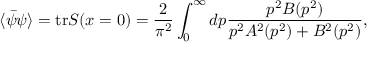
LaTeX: \langle \bar { \psi } \psi \rangle = \mathrm { t r } S ( x = 0 ) = \frac { 2 } { \pi ^ { 2 } } \int _ { 0 } ^ { \infty } d p \frac { p ^ { 2 } B ( p ^ { 2 } ) } { p ^ { 2 } A ^ { 2 } ( p ^ { 2 } ) + B ^ { 2 } ( p ^ { 2 } ) } ,